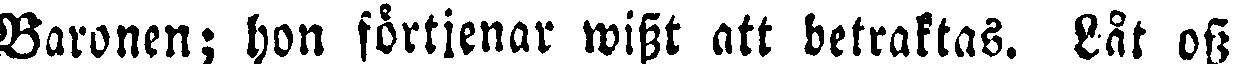
Baronen; hon förtjenar wisst att betraktas. Låt oss